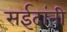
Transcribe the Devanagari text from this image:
सईदांनी